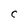
Character: C